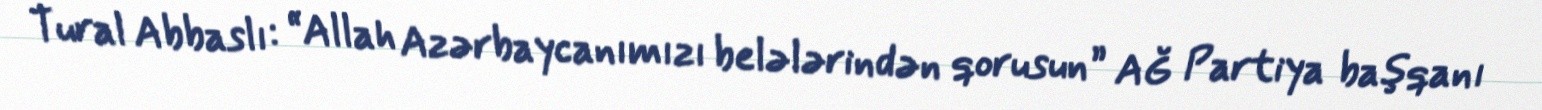
Tural Abbaslı: “Allah Azərbaycanımızı belələrindən qorusun” AĞ Partiya başqanı